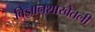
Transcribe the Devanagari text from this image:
विज्ञानशाखेतली